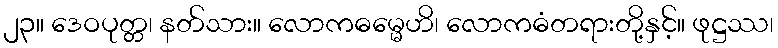
၂၃။ ဒေဝပုတ္တ၊ နတ်သား။ လောကဓမ္မေဟိ၊ လောကဓံတရားတို့နှင့်။ ဖုဋ္ဌဿ၊